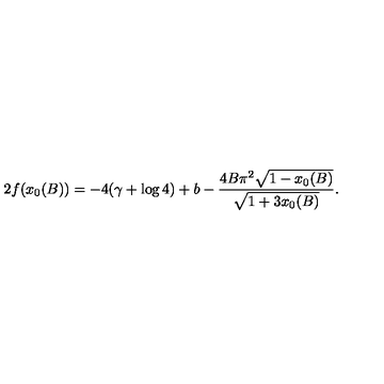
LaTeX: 2 f ( x _ { 0 } ( B ) ) = - 4 ( \gamma + \log 4 ) + b - \frac { 4 B { \pi } ^ { 2 } { \sqrt { 1 - x _ { 0 } ( B ) } } } { { \sqrt { 1 + 3 x _ { 0 } ( B ) } } } .